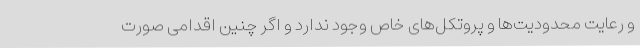
و رعایت محدودیت‌ها و پروتکل‌های خاص وجود ندارد و اگر چنین اقدامی صورت